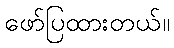
ဖော်ပြထားတယ်။